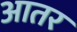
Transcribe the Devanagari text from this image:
आतर